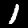
Label: 1